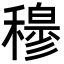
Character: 𥢣